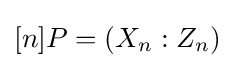
[n]P=(X_{n}:Z_{n})